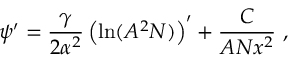
\psi ^ { \prime } = \frac { \gamma } { 2 \alpha ^ { 2 } } \left( \ln ( A ^ { 2 } N ) \right) ^ { \prime } + \frac { C } { A N x ^ { 2 } } \ ,